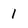
Character: 1